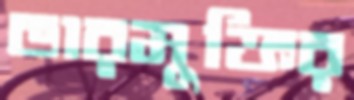
ভারমুক্তির